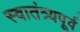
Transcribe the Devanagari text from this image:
स्वातंत्र्यपूूर्व